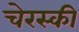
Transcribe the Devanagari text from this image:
चेरस्की